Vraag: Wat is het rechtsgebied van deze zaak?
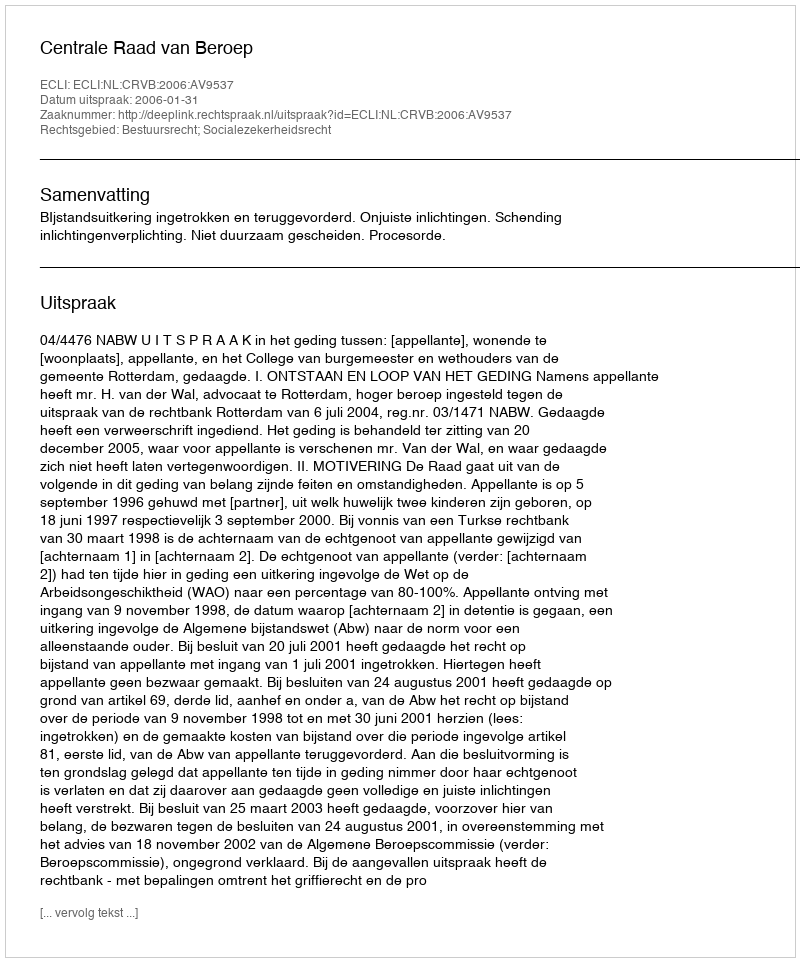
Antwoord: Bestuursrecht; Socialezekerheidsrecht